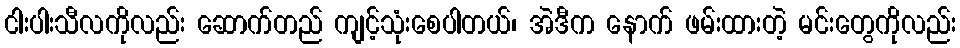
ငါးပါးသီလကိုလည်း ဆောက်တည် ကျင့်သုံးစေပါတယ်၊ အဲဒီက နောက် ဖမ်းထားတဲ့ မင်းတွေကိုလည်း